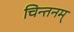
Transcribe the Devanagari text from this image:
चिन्तनम्